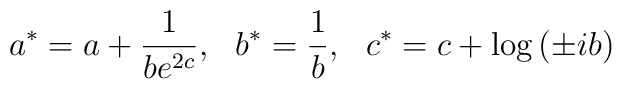
a^{*}=a+\frac{1}{be^{2c}},\: \: \: b^{*}=\frac{1}{b},\: \: \:c^{*}=c+\log \left( \pm ib\right)